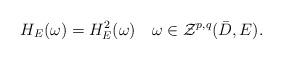
LaTeX: \begin{align*}H_E(\omega)=H_E^2(\omega)\quad\omega \in \mathcal Z^{p,q}(\bar{D},E).\end{align*}